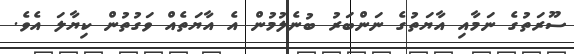
ސޫރަތުގެ ނަމާއި އާޔަތުގެ ނަންބަރު ބުނެލުމުން އެ އާޔަތެއް ވަގުތުން ކިޔާލަ އެވެ.